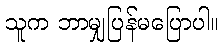
သူက ဘာမျှပြန်မပြောပါ။